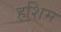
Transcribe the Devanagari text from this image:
हशिम